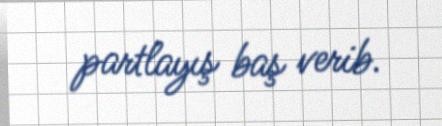
partlayış baş verib.